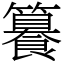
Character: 籑